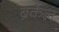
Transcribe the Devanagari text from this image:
ब्रेकेल